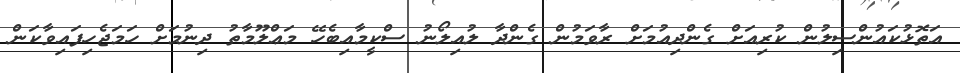
އަތޮޅުކައުންސިލުން ކުރިއަށް ގެންދިއުމަށް ރާވަމުން ގެންދާ ލުއިލޯނު ސްކީމާއިބެހޭ މަޢްލޫމާތު ދިނުމަށް ހަމަޖެހިފައިވާކަން